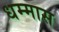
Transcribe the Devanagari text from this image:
धम्मास